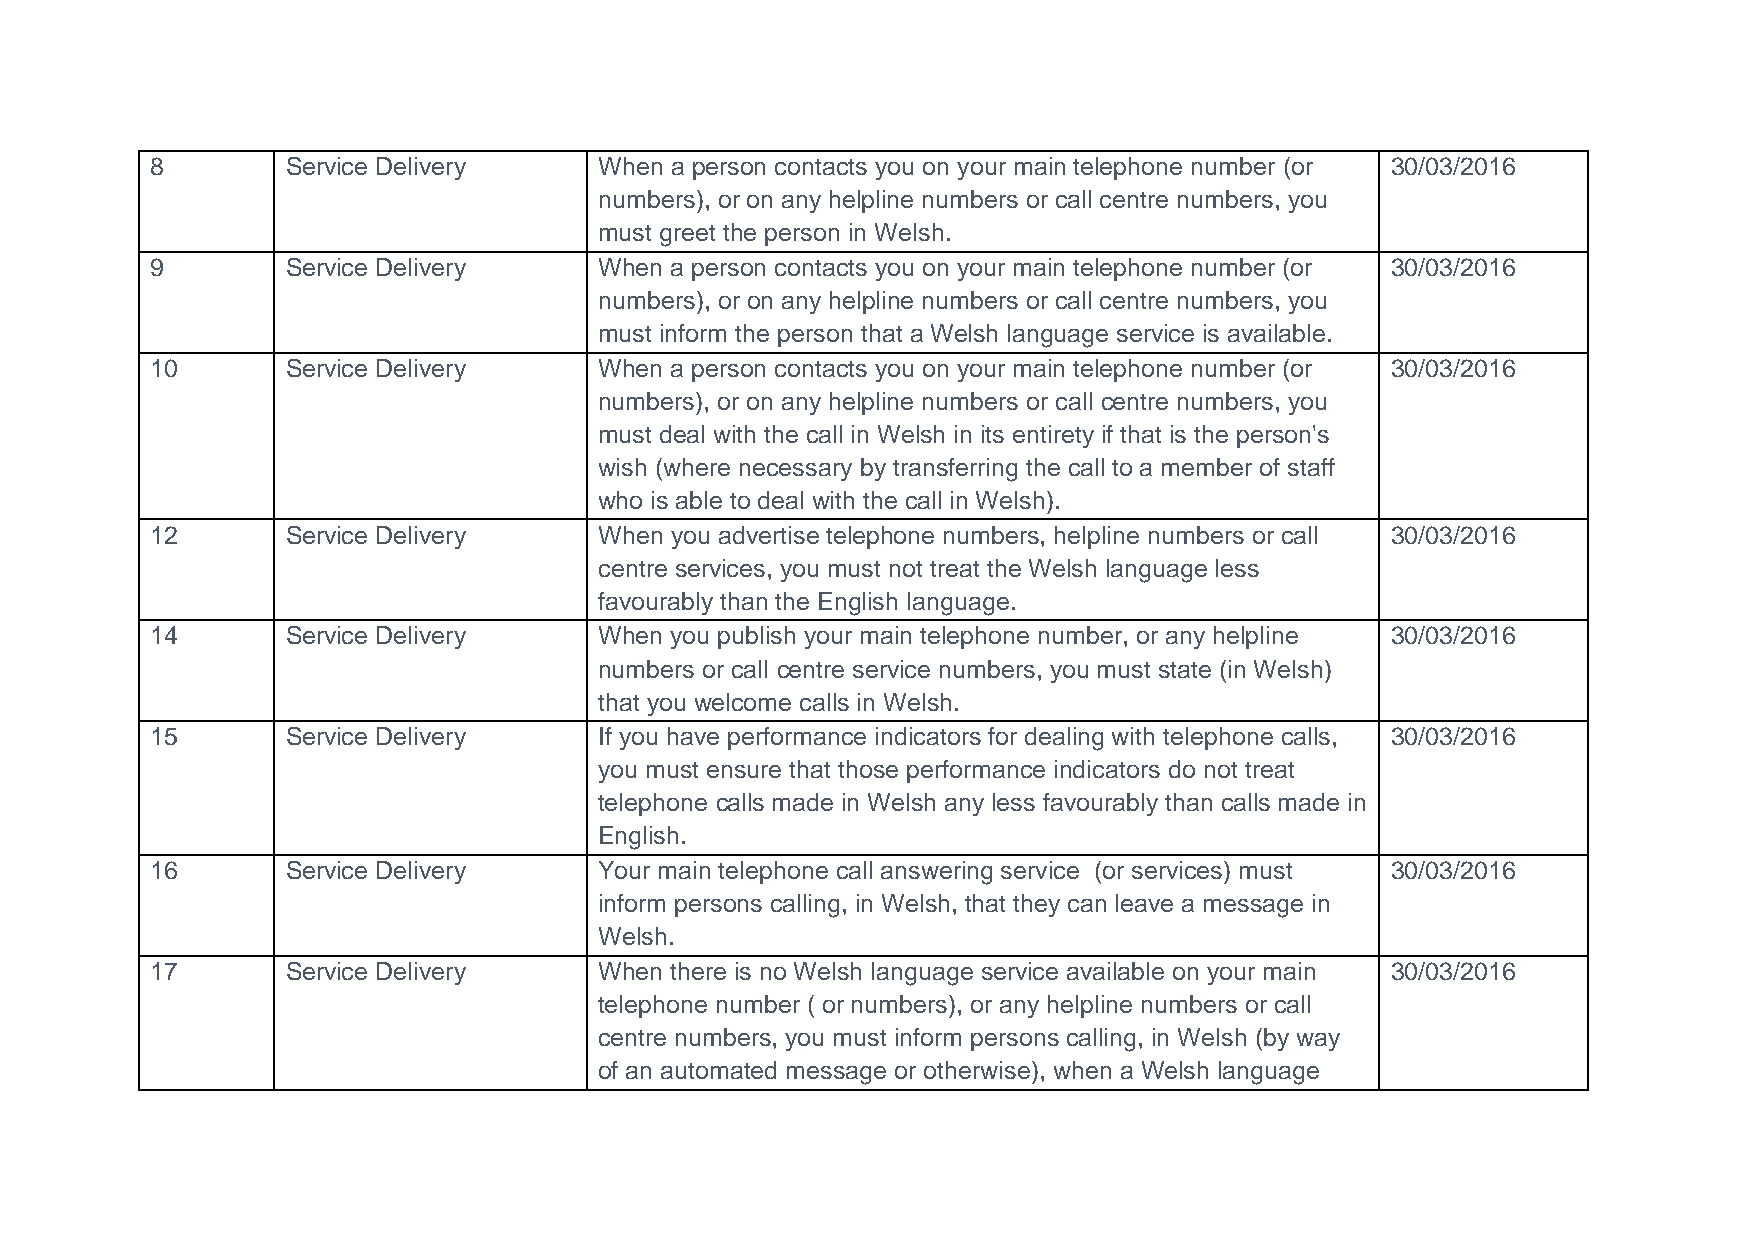
8        Service Delivery     When a person contacts you on your main telephone number (or 30/03/2016
 numbers), or on any helpline numbers or call centre numbers, you
 must greet the person in Welsh.
 9        Service Delivery     When a person contacts you on your main telephone number (or 30/03/2016
 numbers), or on any helpline numbers or call centre numbers, you
 must inform the person that a Welsh language service is available.
 10       Service Delivery     When a person contacts you on your main telephone number (or 30/03/2016
 numbers), or on any helpline numbers or call centre numbers, you
 must deal with the call in Welsh in its entirety if that is the person's
 wish (where necessary by transferring the call to a member of staff
 who is able to deal with the call in Welsh).
 12       Service Delivery     When you advertise telephone numbers, helpline numbers or call 30/03/2016
 centre services, you must not treat the Welsh language less
 favourably than the English language.
 14       Service Delivery     When you publish your main telephone number, or any helpline 30/03/2016
 numbers or call centre service numbers, you must state (in Welsh)
 that you welcome calls in Welsh.
 15       Service Delivery     If you have performance indicators for dealing with telephone calls, 30/03/2016
 you must ensure that those performance indicators do not treat
 telephone calls made in Welsh any less favourably than calls made in
 English.
 16       Service Delivery     Your main telephone call answering service (or services) must 30/03/2016
 inform persons calling, in Welsh, that they can leave a message in
 Welsh.
 17       Service Delivery     When there is no Welsh language service available on your main 30/03/2016
 telephone number ( or numbers), or any helpline numbers or call
 centre numbers, you must inform persons calling, in Welsh (by way
 of an automated message or otherwise), when a Welsh language